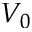
V _ { 0 }